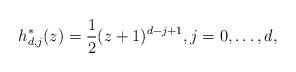
LaTeX: \begin{align*} h_{d,j}^* (z) = \frac12 (z+1)^{d-j+1}, j=0,\dots,d, \end{align*}